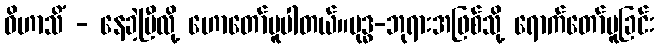
ဝိဟာသိံ - နေခဲ့ပြီလို့ ဟောတော်မူပါတယ်။ဗုဒ္ဓ-ဘုရားအဖြစ်သို့ ရောက်တော်မူခြင်း